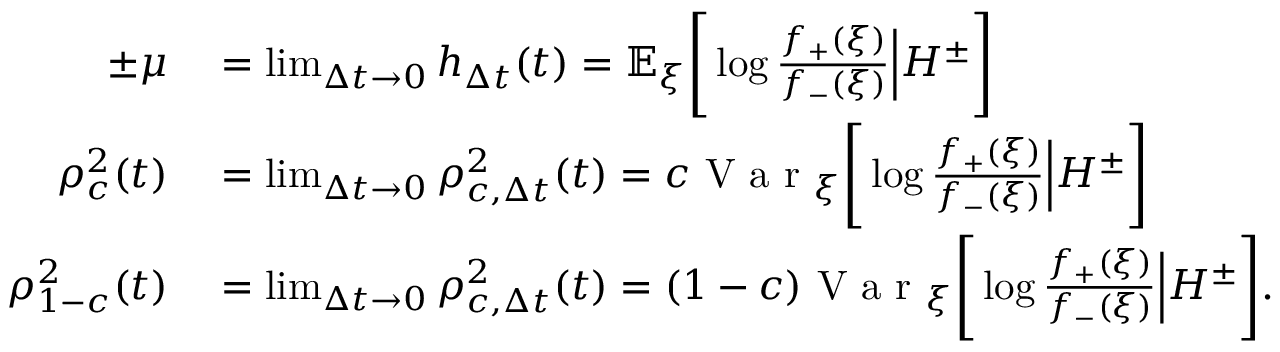
\begin{array} { r l } { \pm \mu } & { { } = \operatorname* { l i m } _ { \Delta t \to 0 } h _ { \Delta t } ( t ) = \mathbb { E } _ { \xi } \Bigg [ \log { \frac { f _ { + } ( \xi ) } { f _ { - } ( \xi ) } } \Big | H ^ { \pm } \Bigg ] } \\ { \rho _ { c } ^ { 2 } ( t ) } & { { } = \operatorname* { l i m } _ { \Delta t \to 0 } \rho _ { c , \Delta t } ^ { 2 } ( t ) = c \mathrm { ~ V ~ a ~ r ~ } _ { \xi } \Bigg [ \log { \frac { f _ { + } ( \xi ) } { f _ { - } ( \xi ) } } \Big | H ^ { \pm } \Bigg ] } \\ { \rho _ { 1 - c } ^ { 2 } ( t ) } & { { } = \operatorname* { l i m } _ { \Delta t \to 0 } \rho _ { c , \Delta t } ^ { 2 } ( t ) = ( 1 - c ) \mathrm { ~ V ~ a ~ r ~ } _ { \xi } \Bigg [ \log { \frac { f _ { + } ( \xi ) } { f _ { - } ( \xi ) } } \Big | H ^ { \pm } \Bigg ] . } \end{array}